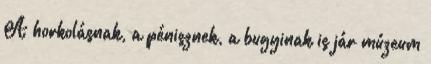
A horkolásnak, a pénisznek, a bugyinak is jár múzeum